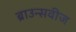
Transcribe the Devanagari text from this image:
ब्राउन्सवीज